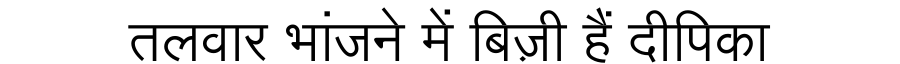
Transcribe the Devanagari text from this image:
तलवार भांजने में बिज़ी हैं दीपिका